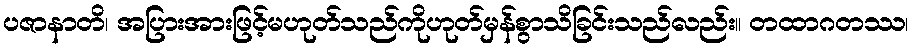
ပဇာနာတိ၊ အပြားအားဖြင့်မဟုတ်သည်ကိုဟုတ်မှန်စွာသိခြင်းသည်လည်း။ တထာဂတဿ၊